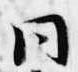
同